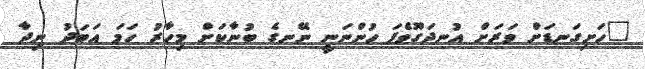
"ހަށިގަނޑަށް ވަރަށް އުނދަގޫވެފަ ހުންނަނީ ނޭނގެ ބުނާކަށް މިހާރު ހަމަ އަބަދު ނިދާ